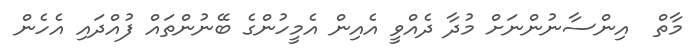
މާތް  އިންސާނުންނަށް މުދާ ދެއްވީ އެއިން އެމީހުންގެ ބޭނުންތައް ފުއްދައި އެހެން